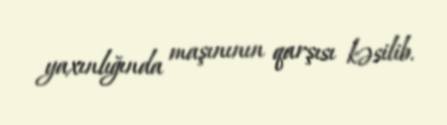
yaxınlığında maşınının qarşısı kəsilib.